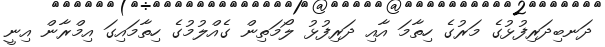
ދަނބިދަރިފުޅުގެ މަރުގެ ހިތާމަ އާއި ދަރިފުޅު ލޯމަތިން ގެއްލުމުގެ ހިތާމައިގަ އިމްރާން އިނީ